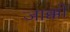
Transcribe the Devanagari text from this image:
जाक्को